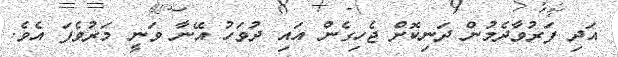
އަދި ފަރުވާދެމުން ދަނިކޮށް ޖެހިގެން އައި ދުވަހު އޭނާ ވަނީ މަރުވެފަ އެވެ.